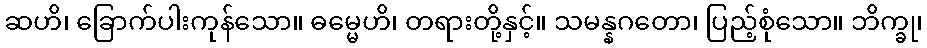
ဆဟိ၊ ခြောက်ပါးကုန်သော။ ဓမ္မေဟိ၊ တရားတို့နှင့်။ သမန္နဂတော၊ ပြည့်စုံသော။ ဘိက္ခု၊